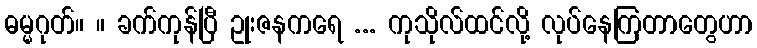
ဓမ္မဂုတ်။ ။ ခက်ကုန်ပြီ ဥုးဇနကရေ ... ကုသိုလ်ထင်လို့ လုပ်နေကြတာတွေဟာ